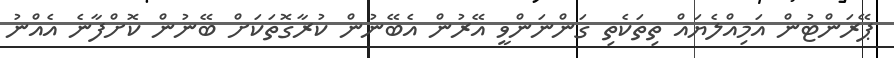
ޕޭރަންޓުން އަމިއްލެޔައް ތިތަކެތި ގަންނަންވީ އޭރުން އެބޭނުން ކުރާގޮތަކަށް ބޭނުން ކޮށްފާނެ އެއްނު